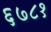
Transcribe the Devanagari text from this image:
६७८१